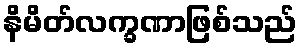
နိမိတ်လက္ခဏာဖြစ်သည်